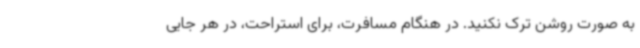
به صورت روشن ترک نکنید. در هنگام مسافرت، برای استراحت، در هر جایی